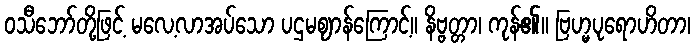
ဝသီဘော်တို့ဖြင့် မလေ့လာအပ်သော ပဌမဈာန်ကြောင့်။ နိဗ္ဗတ္တာ၊ ကုန်၏။ ဗြဟ္မပုရောဟိတာ၊